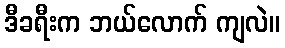
ဒီခရီးက ဘယ်လောက် ကျလဲ။